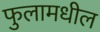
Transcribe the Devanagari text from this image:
फुलामधील